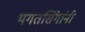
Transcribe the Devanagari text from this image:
भगतसिंगांनी